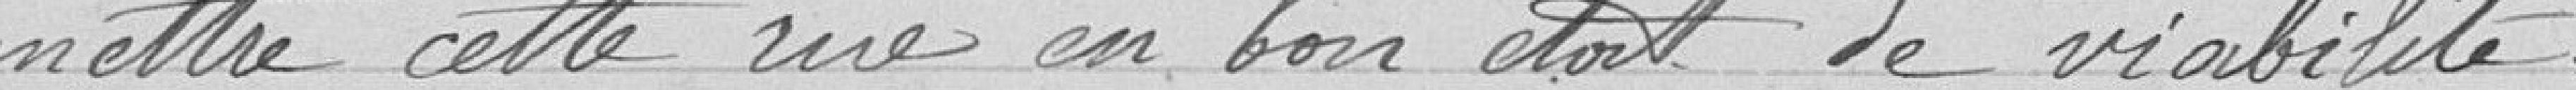
mettre cette rue en bon état de viabilité.